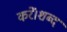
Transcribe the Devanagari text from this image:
करें।शब्द